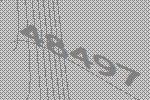
48497